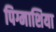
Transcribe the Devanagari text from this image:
पिग्माशिया